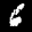
Label: 6